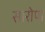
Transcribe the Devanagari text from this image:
सारोपा